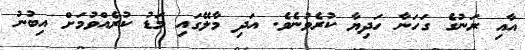
އާއި ރަނުގެ ގަހަނާ ހަދިޔާ ކުރެވުނެވެ. އަދި މާލޭގައި މަޑު ކުރެއްވުމަށް އިބުނު